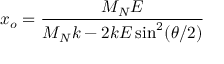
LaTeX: x _ { o } = \frac { M _ { N } E } { M _ { N } k - 2 k E \sin ^ { 2 } ( \theta / 2 ) }